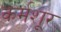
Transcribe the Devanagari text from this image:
कर्मशूर